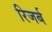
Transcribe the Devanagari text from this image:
रिजर्ब